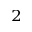
^ 2